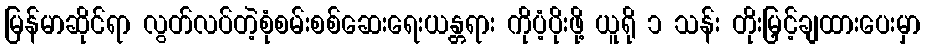
မြန်မာဆိုင်ရာ လွတ်လပ်တဲ့စုံစမ်းစစ်ဆေးရေးယန္တရား ကိုပံ့ပိုးဖို့ ယူရို ၁ သန်း တိုးမြှင့်ချထားပေးမှာ